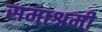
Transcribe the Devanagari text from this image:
समाश्रमी